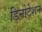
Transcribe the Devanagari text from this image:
डिनोटेशन